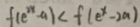
f ( e ^ { 2 x } - a ) < f ( e ^ { x } - 2 a )